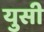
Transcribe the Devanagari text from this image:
युसी